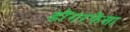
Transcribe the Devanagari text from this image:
डोंगरफेंसा